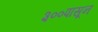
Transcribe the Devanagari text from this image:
३००पासून